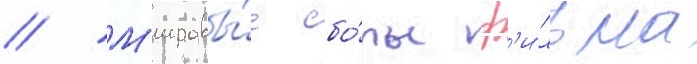
// М'ировы́е сбо́ры ф'и́льма